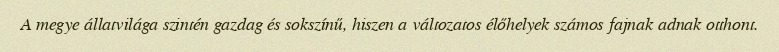
A megye állatvilága szintén gazdag és sokszínű, hiszen a változatos élőhelyek számos fajnak adnak otthont.